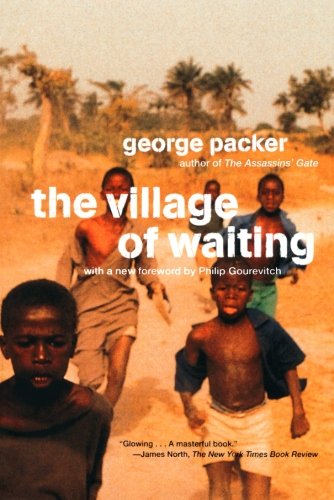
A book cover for The Village of Waiting; George Packer; Travel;